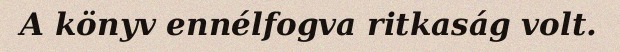
A könyv ennélfogva ritkaság volt.